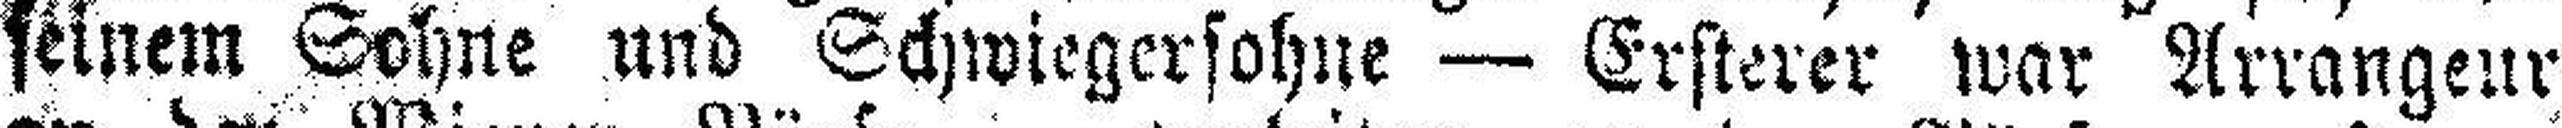
seinem Sohne und Schwiegersohne — Ersterer war Arrangeur